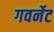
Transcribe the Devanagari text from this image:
गवर्नेट